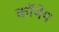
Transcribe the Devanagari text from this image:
कॉयेप